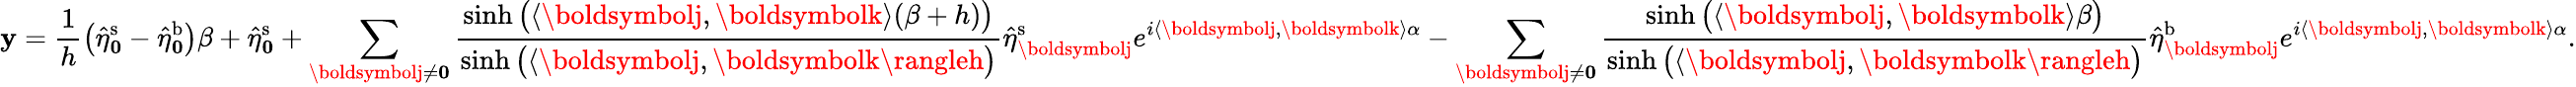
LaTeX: \mathbf{y}=\frac{{1}}{{h}}\big(\hat{{\eta}}_{\boldsymbol0}^{\mathrm{{s}}}-\hat{{\eta}}_{\boldsymbol0}^{\mathrm{{b}}}\big)\beta+\hat{{\eta}}_{\boldsymbol0}^{\mathrm{{s}}}+\sum_{\boldsymbolj\neq\boldsymbol0}\frac{{\sinh\big(\langle\boldsymbolj,\boldsymbolk\rangle(\beta+h)\big)}}{{\sinh\big(\langle\boldsymbolj,\boldsymbolk\rangleh\big)}}\hat{{\eta}}_{\boldsymbolj}^{\mathrm{{s}}}e^{i\langle\boldsymbolj,\boldsymbolk\rangle\alpha}-\sum_{\boldsymbolj\neq\boldsymbol0}\frac{{\sinh\big(\langle\boldsymbolj,\boldsymbolk\rangle\beta\big)}}{{\sinh\big(\langle\boldsymbolj,\boldsymbolk\rangleh\big)}}\hat{{\eta}}_{\boldsymbolj}^{\mathrm{{b}}}e^{i\langle\boldsymbolj,\boldsymbolk\rangle\alpha}.